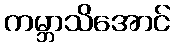
ကမ္ဘာသိအောင်